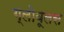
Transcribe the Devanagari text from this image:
ग्लोबूलस